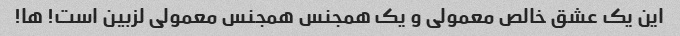
این یک عشق خالص معمولی و یک همجنس همجنس معمولی لزبین است! ها!